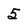
Character: 5